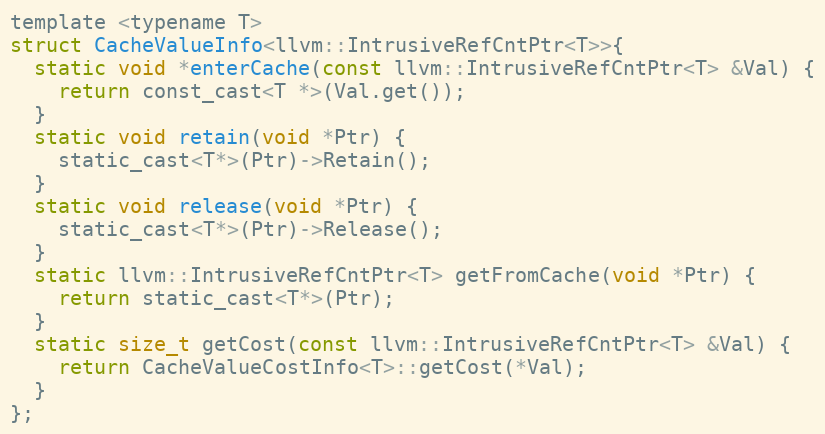
Language: C
template <typename T>
struct CacheValueInfo<llvm::IntrusiveRefCntPtr<T>>{
  static void *enterCache(const llvm::IntrusiveRefCntPtr<T> &Val) {
    return const_cast<T *>(Val.get());
  }
  static void retain(void *Ptr) {
    static_cast<T*>(Ptr)->Retain();
  }
  static void release(void *Ptr) {
    static_cast<T*>(Ptr)->Release();
  }
  static llvm::IntrusiveRefCntPtr<T> getFromCache(void *Ptr) {
    return static_cast<T*>(Ptr);
  }
  static size_t getCost(const llvm::IntrusiveRefCntPtr<T> &Val) {
    return CacheValueCostInfo<T>::getCost(*Val);
  }
};